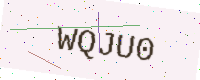
Text: WQJU0